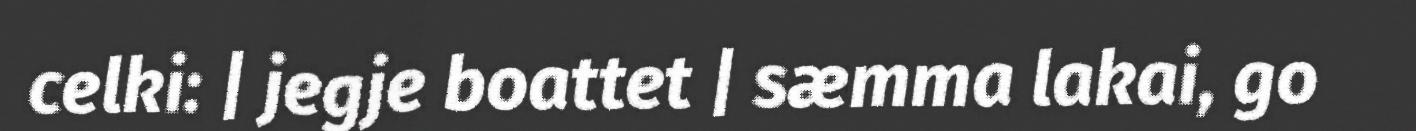
celki: | jegje boattet | sæmma lakai, go